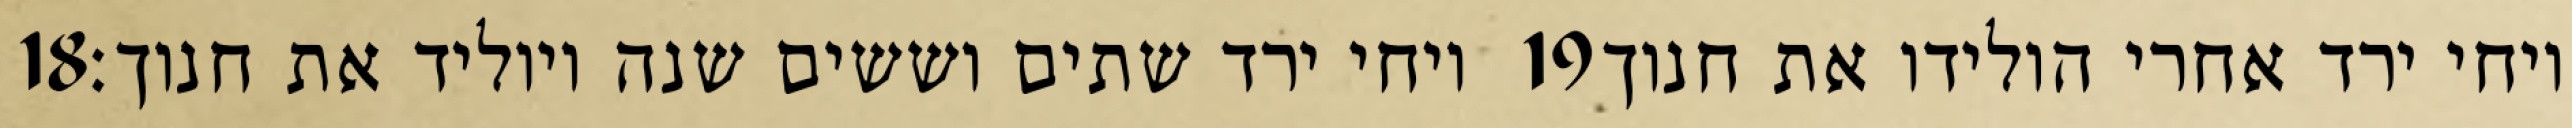
‎18‏ ויחי ירד שתים וששים שנה ויוליד את חנוך׃ ‎19‏ ויחי ירד אחרי הולידו את חנוך